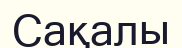
Сақалы